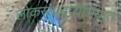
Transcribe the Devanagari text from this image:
लोकस्ताद्रूप्यभियात